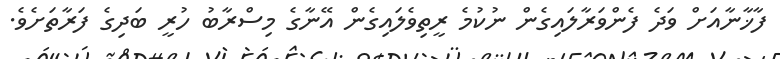
ފާޚާނާއަށް ވަދެ ފެންވަރާލައިގެން ނުކުމެ ރީތިވެލައިގެން އޭނާގެ މިސްރާބު ހުރީ ބަދިގެ ފަރާތަށެވެ.